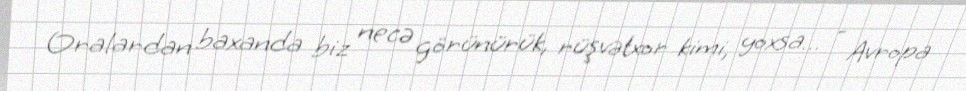
Oralardan baxanda biz necə görünürük, rüşvətxor kimi, yoxsa… - Avropa